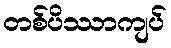
တစ်ပိဿာကျပ်